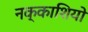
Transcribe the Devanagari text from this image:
नक्‍काशियो